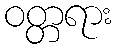
ဝတ္တရား